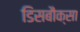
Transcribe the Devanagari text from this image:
डिसबौक्सा